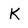
Character: K